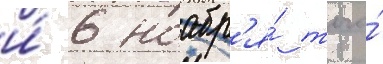
и́ 6 ноабр'я́ того́